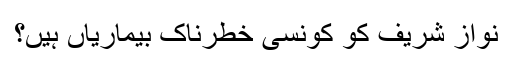
نواز شریف کو کونسی خطرناک بیماریاں ہیں؟